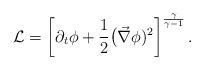
LaTeX: \begin{align*}{\cal L}=\left[\partial_t\phi+\frac{1}{2}\big(\vec\nabla\phi)^2\right]^{\frac{\gamma}{\gamma-1}}.\end{align*}